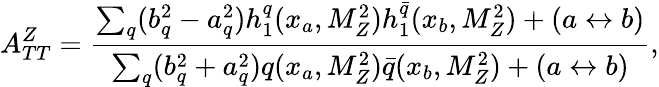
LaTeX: A_{TT}^{Z}=\frac{\sum_{q}^{}(b_{q}^{2}-a_{q}^{2})h_{1}^{q}(x_{a},M_{Z}^{2})h_{1}^{\bar{q}}(x_{b},M_{Z}^{2})+(a\leftrightarrow b)}{\sum_{q}^{}(b_{q}^{2}+a_{q}^{2})q(x_{a},M_{Z}^{2})\bar{q}(x_{b},M_{Z}^{2})+(a\leftrightarrow b)},